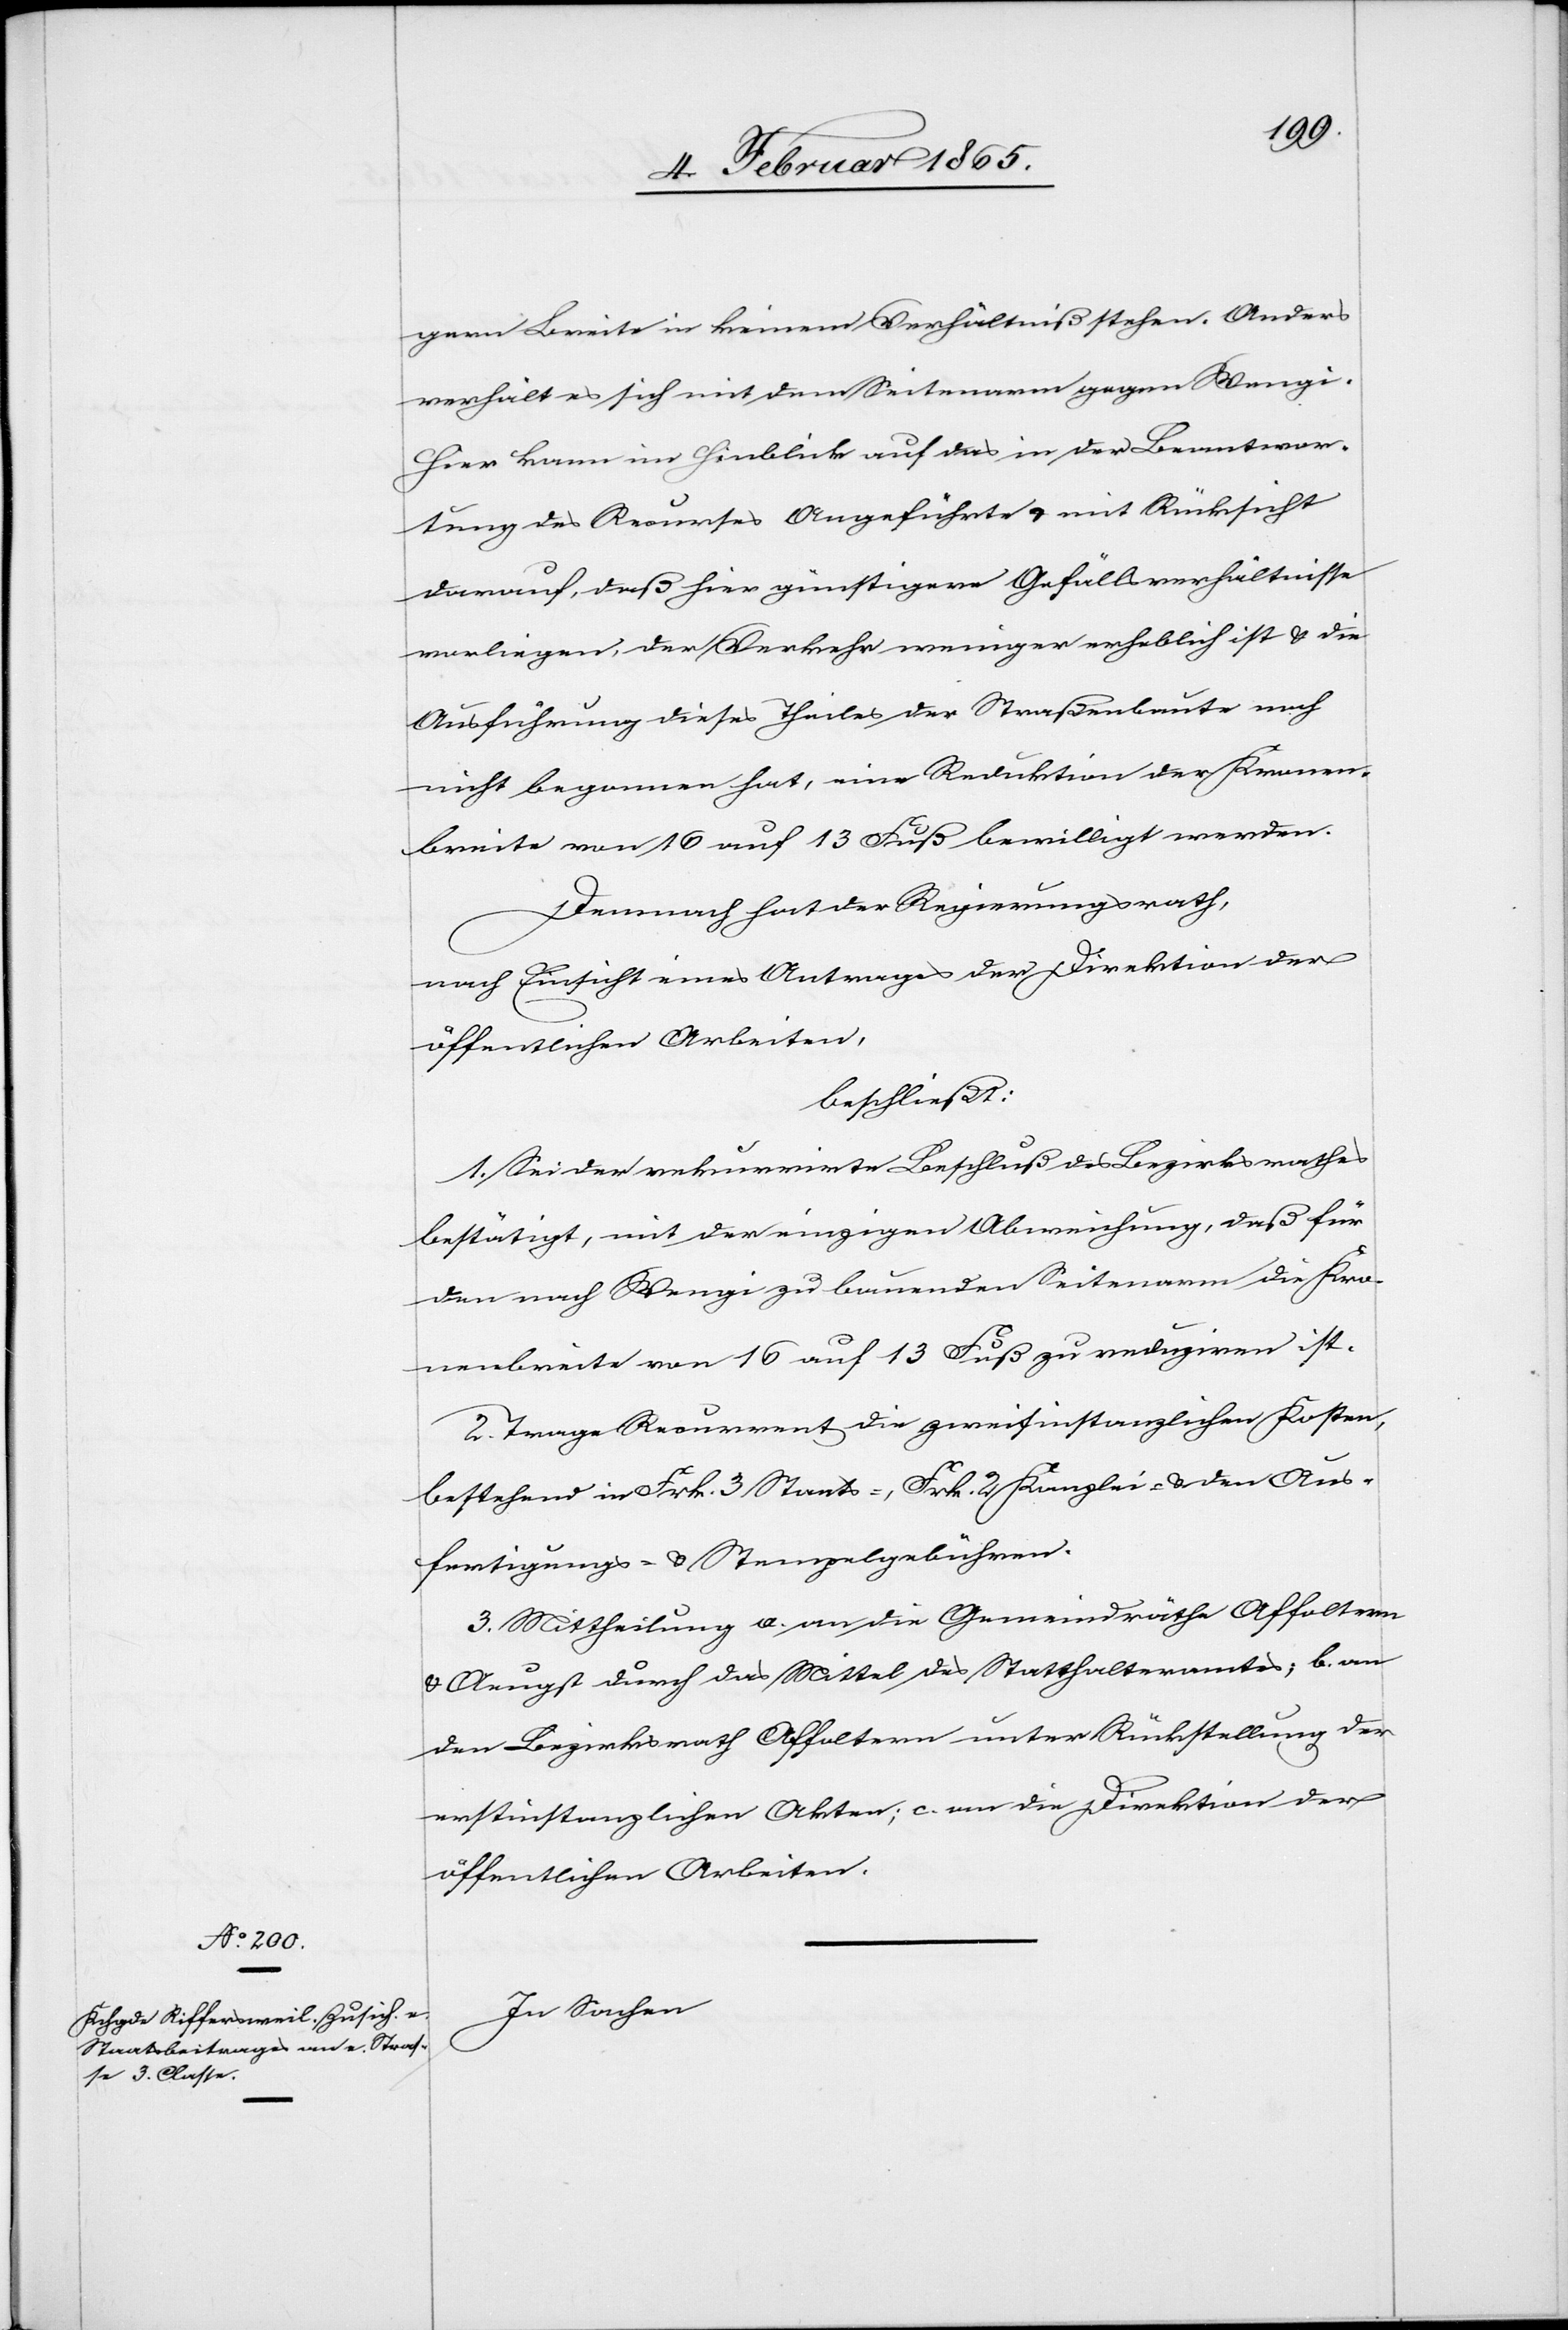
gern Breite in keinem Verhältniß stehen. Anders
verhält es sich mit dem Seitenarm gegen Wengi.
Hier kann im Hinblick auf das in der Beantwor¬
tung des Recurses Angeführte u. mit Rücksicht
darauf, daß hier günstigere Gefällsverhältnisse
vorliegen, der Verkehr weniger erheblich ist u. die
Ausführung dieses Theiles der Straßenbaute noch
nicht begonnen hat, eine Reduktion der Kronen¬
breite von 16 auf 13 Fuß bewilligt werden.
Demnach hat der Regierungsrath,
nach Einsicht eines Antrages der Direktion der
öffentlichen Arbeiten,
beschließt
1. Sei der rekurrirte Beschluß des Bezirksrathes
bestätigt, mit der einzigen Abweichung, daß für
den nach Wengi zu bauenden Seitenarm die Kro¬
nenbreite von 16 auf 13 Fuß zu reduziren ist.
2. Trage Recurrent die zweitinstanzlichen Kosten,
bestehend in Frk. 3 Staats-, Frk. 2 Kanzlei- u. den Aus¬
fertigungs- u. Stempelgebühren.
3. Mittheilung a. an die Gemeindräthe Affoltern
u. Aeugst durch das Mittel des Statthalteramtes; b. an
den Bezirksrath Affoltern unter Rückstellung der
erstinstanzlichen Akten; c. an die Direktion der
öffentlichen Arbeiten.
In Sachen